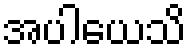
အပါယေသိ